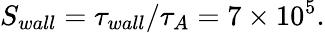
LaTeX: S_{wall}=\tau_{wall}/\tau_{A}=7\times 10^{5}.